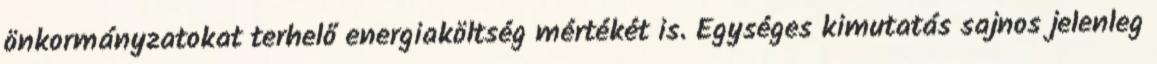
önkormányzatokat terhelő energiaköltség mértékét is. Egységes kimutatás sajnos jelenleg